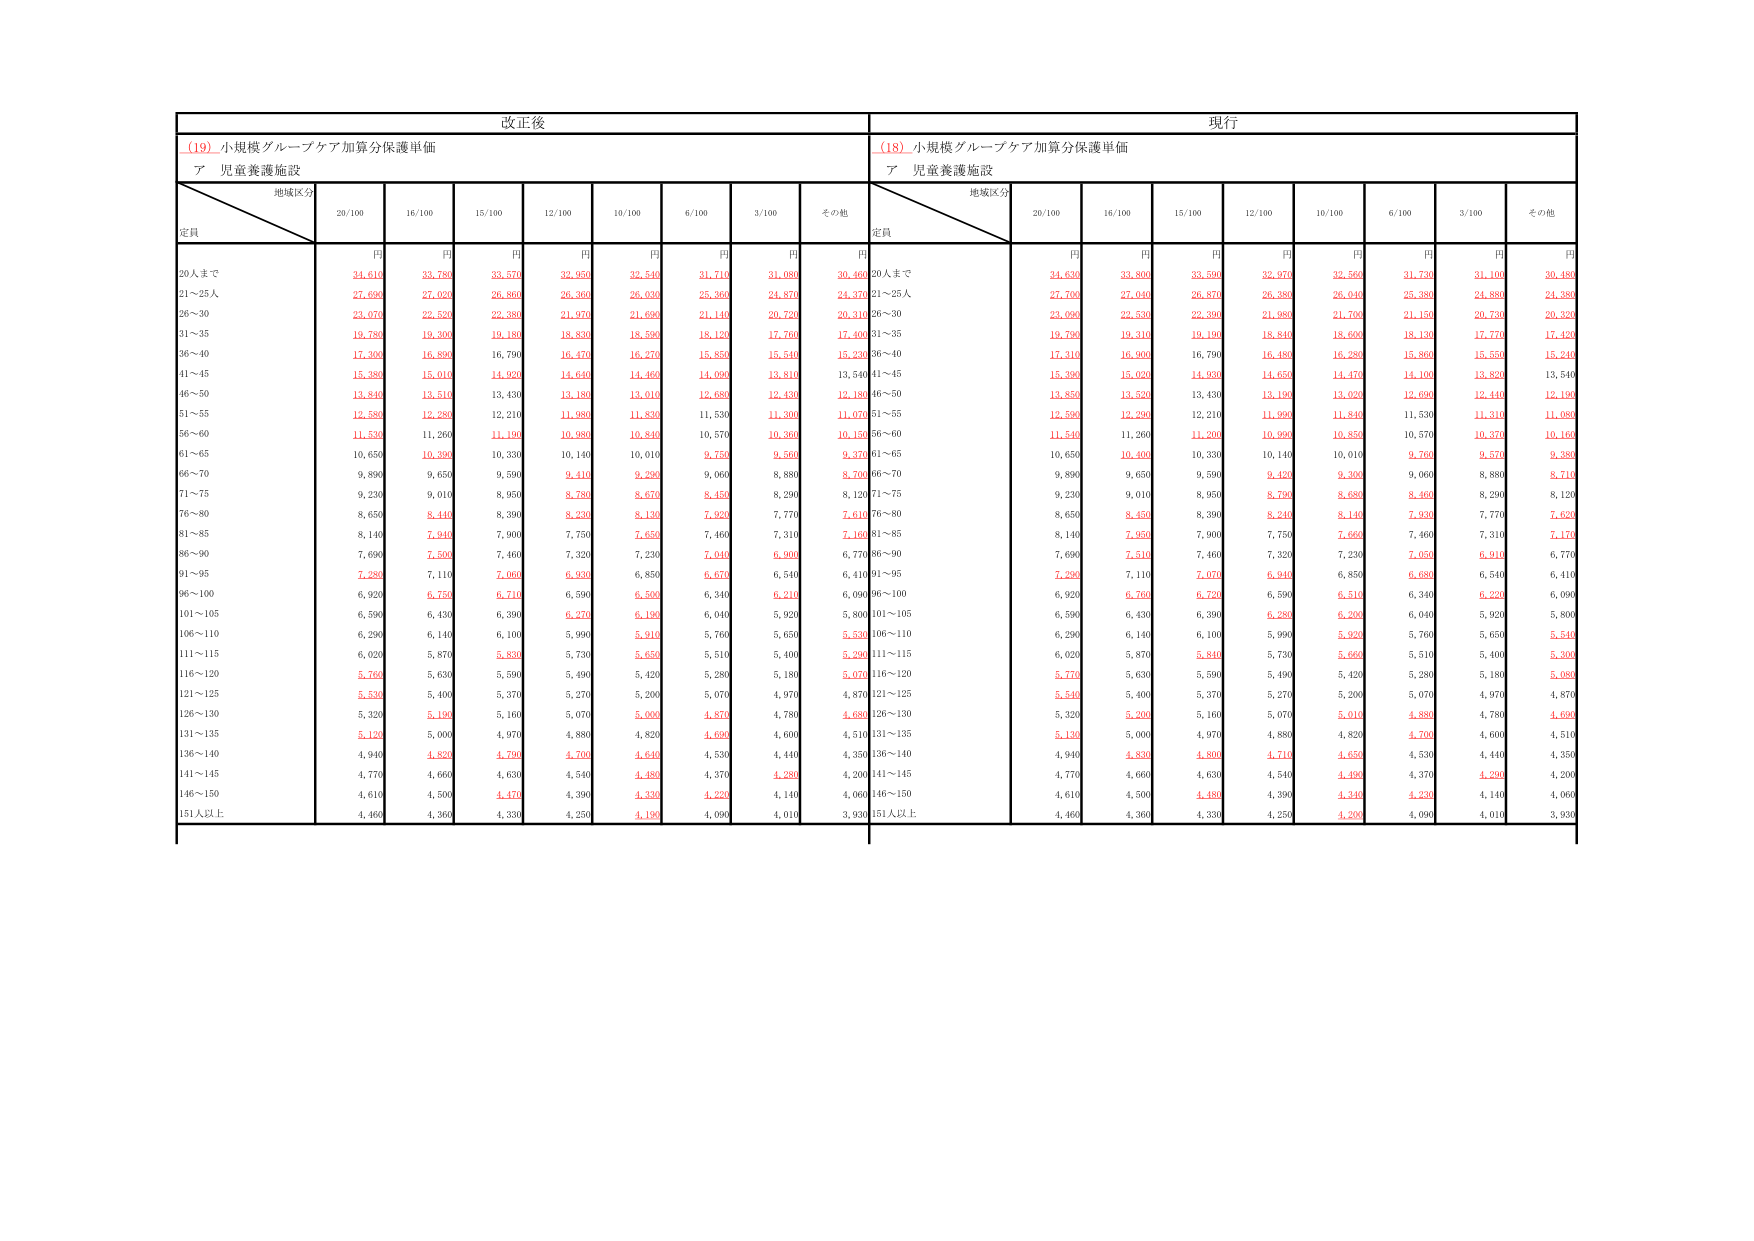
改正後
(19) 小規模グループケア加算分保護単価
ア 児童養護施設
地域区分
定員
20人まで
21～25人
26～30
31～35
36～40
41～45
46～50
51～55
56～60
61～65
66～70
71～75
76～80
81～85
86～90
91～95
96～100
101～105
106～110
111～115
116～120
121～125
126～130
131～135
136～140
141～145
146～150
151人以上
20/100
円
24,610
27,690
23,070
19,780
17,300
15,380
13,840
12,580
11,530
10,650
9,890
9,230
8,650
8,140
7,690
7,280
6,920
6,590
6,290
6,020
5,760
5,530
5,320
5,120
4,940
4,770
4,610
4,460
16/100
円
33,780
27,020
22,520
19,300
16,890
15,010
13,510
12,280
11,260
10,390
9,650
9,010
8,440
7,940
7,500
7,110
6,750
6,430
6,140
5,870
5,630
5,400
5,190
5,000
4,820
4,660
4,500
4,360
15/100
円
33,570
26,860
22,380
19,180
16,790
14,920
13,430
12,210
11,190
10,330
9,590
8,950
8,390
7,900
7,460
7,060
6,710
6,390
6,100
5,830
5,590
5,370
5,160
4,970
4,790
4,630
4,470
4,330
12/100
円
32,950
26,360
21,970
18,830
16,470
14,640
13,180
11,980
10,980
10,140
9,410
8,780
8,230
7,750
7,320
6,930
6,590
6,270
5,990
5,730
5,490
5,270
5,070
4,880
4,700
4,540
4,390
4,250
10/100
円
32,540
26,030
21,690
18,590
16,270
14,460
13,010
11,830
10,840
10,010
9,290
8,670
8,130
7,650
7,230
6,850
6,500
6,190
5,910
5,650
5,420
5,200
5,000
4,820
4,640
4,480
4,330
4,190
6/100
円
31,710
25,360
21,140
18,120
15,850
14,090
12,680
11,530
10,570
9,750
9,060
8,450
7,920
7,460
7,040
6,670
6,340
6,040
5,760
5,510
5,280
5,070
4,870
4,690
4,530
4,370
4,220
4,090
3/100
円
31,080
24,870
20,720
17,760
15,540
13,810
12,430
11,300
10,360
9,560
8,880
8,290
7,770
7,310
6,900
6,540
6,210
5,920
5,650
5,400
5,180
4,970
4,780
4,600
4,440
4,280
4,140
4,010
その他
円
30,460
24,370
20,310
17,400
15,230
13,540
12,180
11,070
10,150
9,370
8,700
8,120
7,610
7,160
6,770
6,410
6,090
5,800
5,530
5,260
5,070
4,870
4,680
4,510
4,350
4,200
4,060
3,930
現行
(18) 小規模グループケア加算分保護単価
ア 児童養護施設
地域区分
定員
20人まで
21～25人
26～30
31～35
36～40
41～45
46～50
51～55
56～60
61～65
66～70
71～75
76～80
81～85
86～90
91～95
96～100
101～105
106～110
111～115
116～120
121～125
126～130
131～135
136～140
141～145
146～150
151人以上
20/100
円
24,630
27,700
23,090
19,790
17,310
15,390
13,850
12,590
11,540
10,650
9,890
9,230
8,650
8,140
7,690
7,280
6,920
6,590
6,290
6,020
5,770
5,540
5,320
5,130
4,940
4,770
4,610
4,460
16/100
円
33,800
27,040
22,530
19,310
16,900
15,020
13,520
12,290
11,260
10,400
9,650
9,010
8,450
7,950
7,510
7,110
6,760
6,430
6,140
5,870
5,630
5,400
5,200
5,000
4,830
4,660
4,500
4,360
15/100
円
33,590
26,870
22,390
19,190
16,790
14,930
13,430
12,210
11,200
10,330
9,590
8,950
8,390
7,900
7,460
7,070
6,720
6,390
6,100
5,840
5,590
5,370
5,160
4,970
4,800
4,630
4,470
4,330
12/100
円
32,970
26,380
21,980
18,840
16,480
14,650
13,190
11,990
10,990
10,140
9,420
8,790
8,240
7,750
7,320
6,940
6,590
6,280
5,990
5,730
5,490
5,270
5,070
4,880
4,710
4,540
4,390
4,250
10/100
円
32,560
26,040
21,700
18,600
16,280
14,470
13,020
11,840
10,850
10,010
9,300
8,680
8,140
7,660
7,230
6,850
6,510
6,200
5,920
5,660
5,420
5,200
5,010
4,820
4,650
4,490
4,340
4,200
6/100
円
31,730
25,380
21,150
18,130
15,860
14,100
12,690
11,530
10,570
9,760
9,060
8,460
7,930
7,460
7,050
6,680
6,340
6,040
5,760
5,510
5,280
5,070
4,880
4,700
4,530
4,370
4,230
4,090
3/100
円
31,100
24,880
20,730
17,770
15,550
13,820
12,440
11,310
10,370
9,570
8,880
8,290
7,770
7,310
6,910
6,540
6,220
5,920
5,650
5,400
5,180
4,970
4,780
4,600
4,440
4,280
4,140
4,010
その他
円
30,480
24,380
20,320
17,420
15,240
13,540
12,190
11,080
10,160
9,380
8,710
8,120
7,620
7,170
6,770
6,410
6,090
5,800
5,540
5,300
5,080
4,870
4,690
4,510
4,350
4,200
4,060
3,930